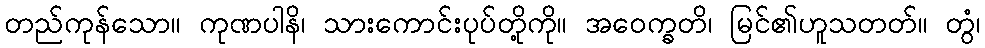
တည်ကုန်သော။ ကုဏပါနိ၊ သားကောင်းပုပ်တို့ကို။ အဝေက္ခတိ၊ မြင်၏ဟူသတတ်။ တွံ၊